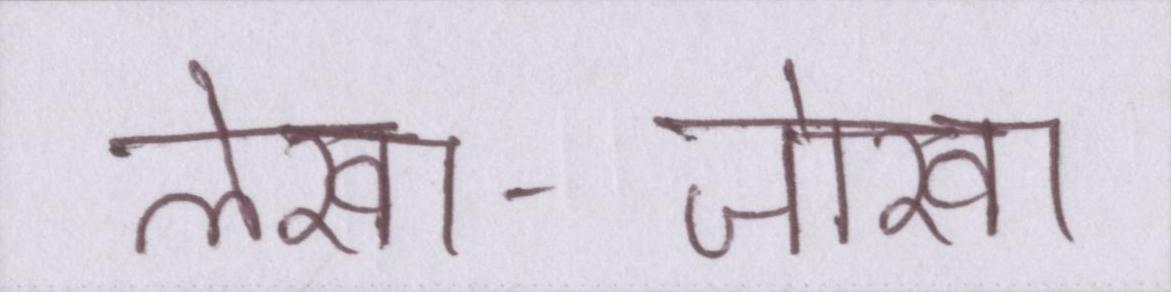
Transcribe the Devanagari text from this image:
लेखा-जोखा